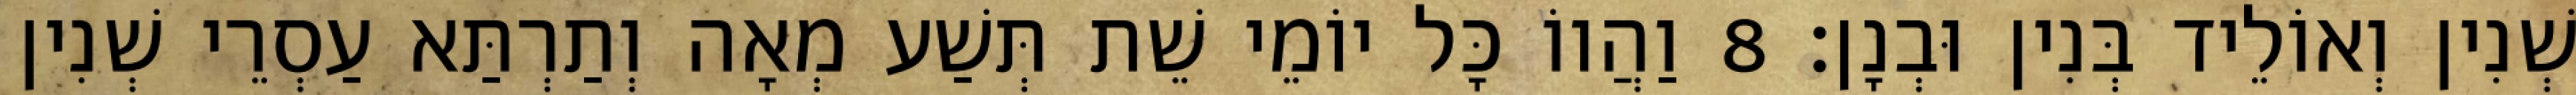
שְׁנִין וְאוֹלֵיד בְּנִין וּבְנָן׃ 8 וַהֲווֹ כָּל יוֹמֵי שֵׁת תְּשַׁע מְאָה וְתַרְתַּא עַסְרֵי שְׁנִין